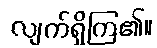
လျက်ရှိကြ၏။